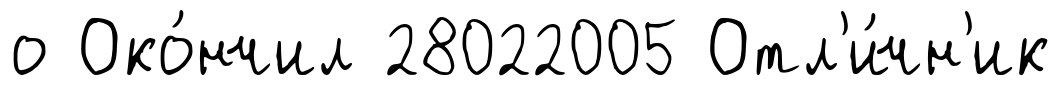
о Око́нчил 28022005 Отл'и́чн'ик